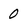
Character: 0